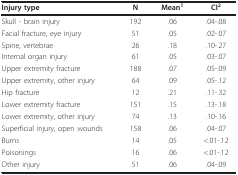
<table><thead><tr><td><b>Injury type</b></td><td><b>N</b></td><td><b>Mean<sup>1</sup></b></td><td><b>CI<sup>2</sup></b></td></tr></thead><tbody><tr><td>Skull - brain injury</td><td>192</td><td>.06</td><td>.04-.08</td></tr><tr><td>Facial fracture, eye injury</td><td>51</td><td>.05</td><td>.02-.07</td></tr><tr><td>Spine, vertebrae</td><td>26</td><td>.18</td><td>.10-.27</td></tr><tr><td>Internal organ injury</td><td>61</td><td>.05</td><td>.03-.07</td></tr><tr><td>Upper extremity fracture</td><td>188</td><td>.07</td><td>.05-.09</td></tr><tr><td>Upper extremity, other injury</td><td>64</td><td>.09</td><td>.05-.12</td></tr><tr><td>Hip fracture</td><td>12</td><td>.21</td><td>.11-.32</td></tr><tr><td>Lower extremity fracture</td><td>151</td><td>.15</td><td>.13-.18</td></tr><tr><td>Lower extremity, other injury</td><td>74</td><td>.13</td><td>.10-.16</td></tr><tr><td>Superficial injury, open wounds</td><td>158</td><td>.06</td><td>.04-.07</td></tr><tr><td>Burns</td><td>14</td><td>.05</td><td>&lt;.01-.12</td></tr><tr><td>Poisonings</td><td>16</td><td>.06</td><td>&lt;.01-.12</td></tr><tr><td>Other injury</td><td>51</td><td>.06</td><td>.04-.09</td></tr></tbody></table>